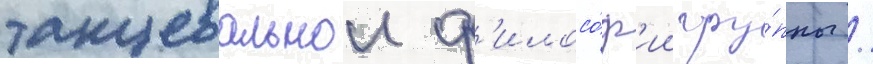
танцевальнои ф'илосо́ф'ии гру́ппы /